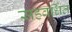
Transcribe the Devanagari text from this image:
सहवर्धित